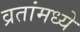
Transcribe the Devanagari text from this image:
व्रतांमध्ये